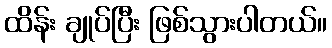
ထိန်း ချုပ်ပြီး ဖြစ်သွားပါတယ်။